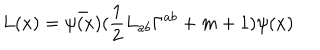
L ( x ) = \bar { \psi ( x ) } ( \frac { 1 } { 2 } L _ { a b } \Gamma ^ { a b } + m + 1 ) \psi ( x )